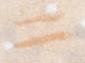
二